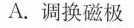
A.调换磁极